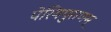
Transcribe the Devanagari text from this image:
पेरियपुराणम्